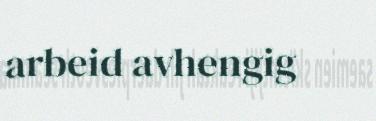
arbeid avhengig